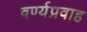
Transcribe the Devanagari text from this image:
वर्ण्यप्रवाह